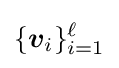
\{{\boldsymbol {v}}_{i}\}_{i=1}^{\ell }